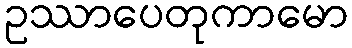
ဥဿာပေတုကာမော